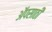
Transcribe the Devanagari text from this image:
अॅपसाठी